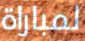
لمباراة